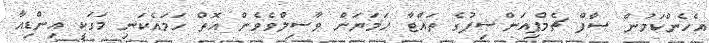
އެހެންކަމުން ސާފް ޗެމްޕިއަންޝިޕުގެ ތައްޓާ ހަމަޔަށް ވާސިލްވެވެން އޮތް ހަމައެކަނި މަގަކީ އިންޑިއާ